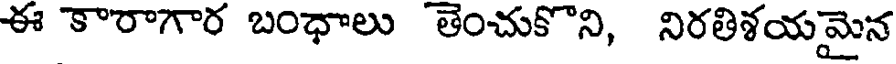
ఈ కారాగార బంధాలు తెంచుకొని, నిరతిశయమైన